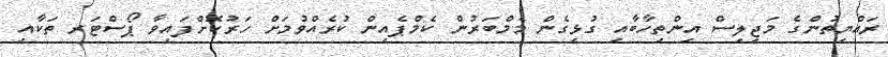
ރައްޔިތުންގެ މަޖިލިސް އިންތިހާބާއި ގުޅިގެން މެމްބަރުން ކެމްޕެއިން ކުރެއްވުމަށް ހަރުކޮށްފައިވާ ޕޯސްޓަރ ތަކާއި